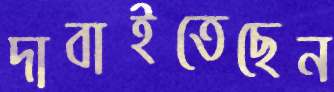
দাবাইতেছেন